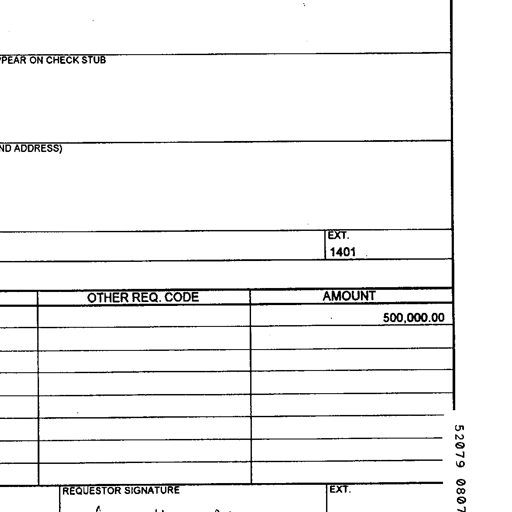
PEAR ON CHECK STUB
ND ADDRESS)
EXT.
1401
OTHER REQ. CODE AMOUNT
500,000.00
REQUESTOR SIGNATURE EXT.
52079 0807